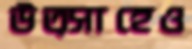
উত্সাহেও